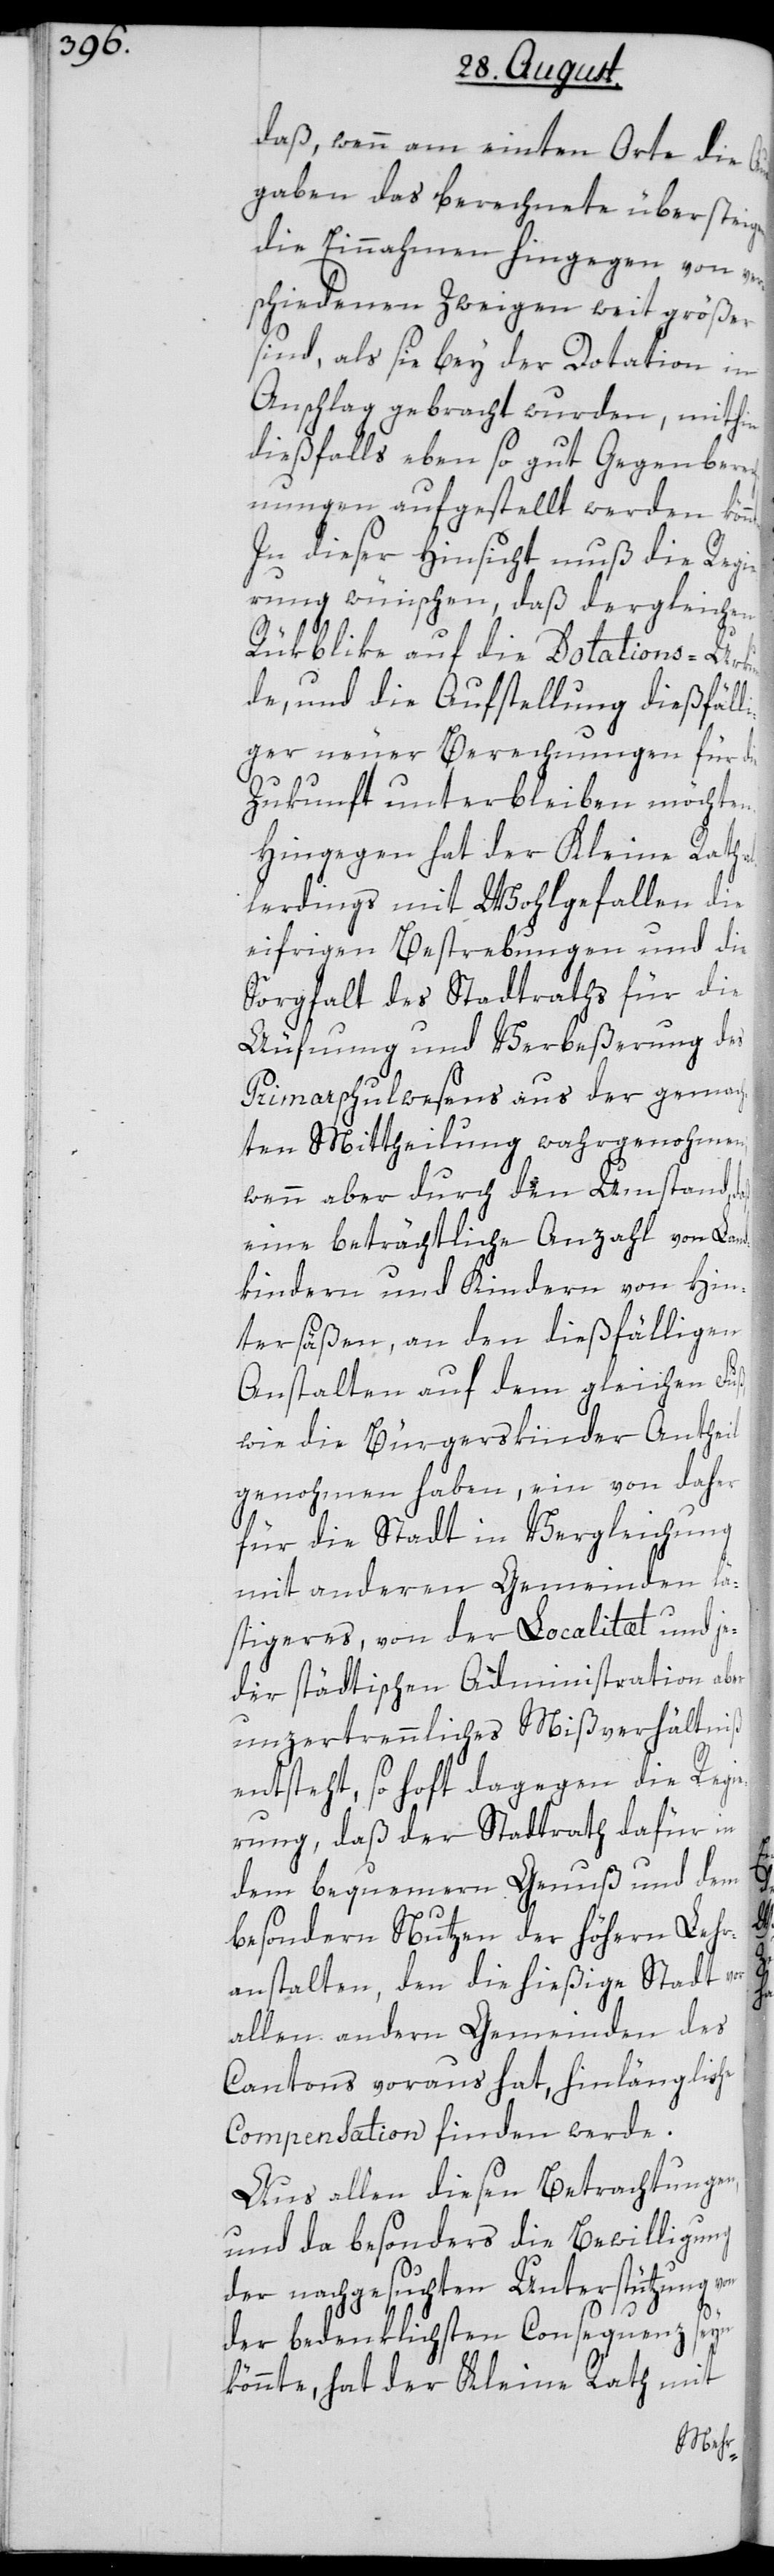
daß, wenn am einten Orte die Au¬
sgaben das berechnete übersteigen,
die Einnahmen hingegen von ver¬
schiedenen Zweigen weit größer
sind, als sie bey der Dotation in
Anschlag gebracht wurden, mithin
dießfalls eben so gut Gegenbere¬
chnungen aufgestellt werden kön¬
In dieser Hinsicht muß die Regie¬
rung wünschen, daß dergleichen
Rükblike auf die Dotations-Urkun¬
de und die Aufstellung dießfäl¬
liger neuer Berechnungen für die
Zukunft unterbleiben möchten.
Hingegen hat der Kleine Rath a¬
llerdings mit Wohlgefallen die
eifrigen Bestrebungen und die
Sorgfalt des Stadtraths für die
Äufnung und Verbeßerung des
Primarschulwesens aus der gemach¬
ten Mittheilung wahrgenommen;
wenn aber durch den Umstand,
eine beträchtliche Anzahl von Land¬
kindern und Kindern von Hin¬
tersäßen, an den dießfälligen
Anstalten auf dem gleichen Fuß,
wie die Bürgerskinder Antheil
genohmen haben, ein von daher
für die Stadt in Vergleichung
mit anderen Gemeinden lä¬
stigeres, von der Localitæt und je¬
der städtischen Administration aber
unzertrennliches Mißverhältniß
entsteht, so hofft dagegen die Regie¬
rung, daß der Stadtrath dafür in
dem bequemern Genuß und dem
besondern Nutzen der höhern Lehr¬
anstalten, den die hießige Stadt
allen andern Gemeinden des
Cantons voraus hat, hinlängliche
Compensation finden werde.
Aus allen diesen Betrachtungen,
und da besonders die Bewilligung
der nachgesuchten Unterstützung
der bedenklichsten Consequenz seyn
könnte, hat der Kleine Rath mit
Mehr-